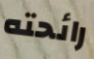
رائحته